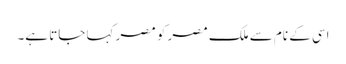
اسی کے نام سے ملکِ مصر کو مصر کہا جاتا ہے۔